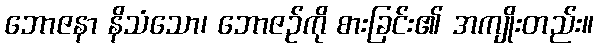
ဘောဇနာ နိသံသော၊ ဘောဇဉ်ကို စားခြင်း၏ အကျိုးတည်း။